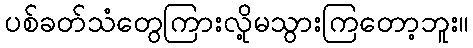
ပစ်ခတ်သံတွေကြားလို့မသွားကြတော့ဘူး။